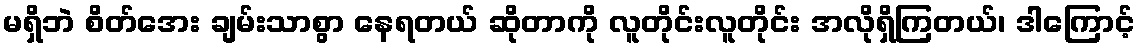
မရှိဘဲ စိတ်အေး ချမ်းသာစွာ နေရတယ် ဆိုတာကို လူတိုင်းလူတိုင်း အလိုရှိကြတယ်၊ ဒါကြောင့်